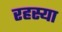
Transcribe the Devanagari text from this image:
रहस्या